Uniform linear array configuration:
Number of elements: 64
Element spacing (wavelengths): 0.75
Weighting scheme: hann
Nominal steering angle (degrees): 60
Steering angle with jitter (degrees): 61.01
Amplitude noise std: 0.05
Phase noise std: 0.05

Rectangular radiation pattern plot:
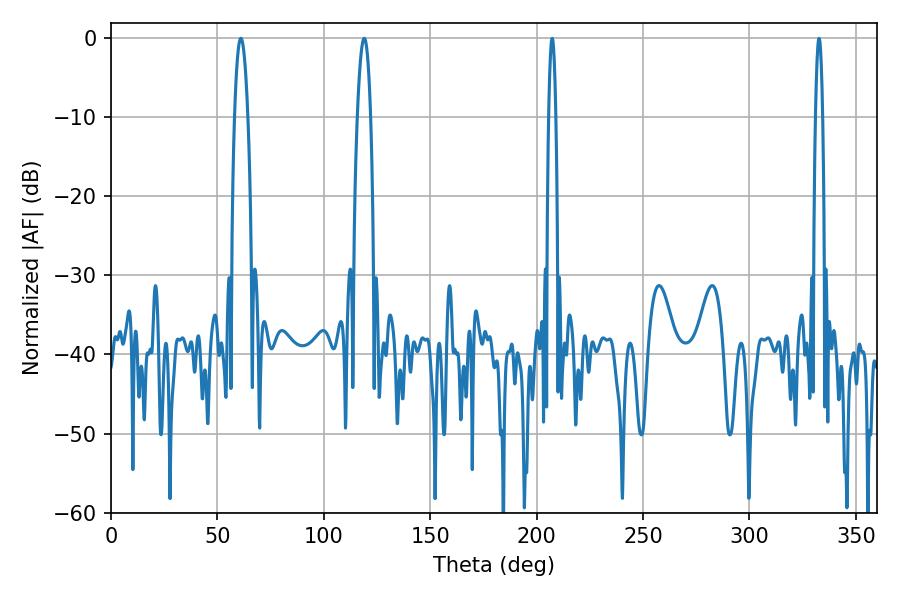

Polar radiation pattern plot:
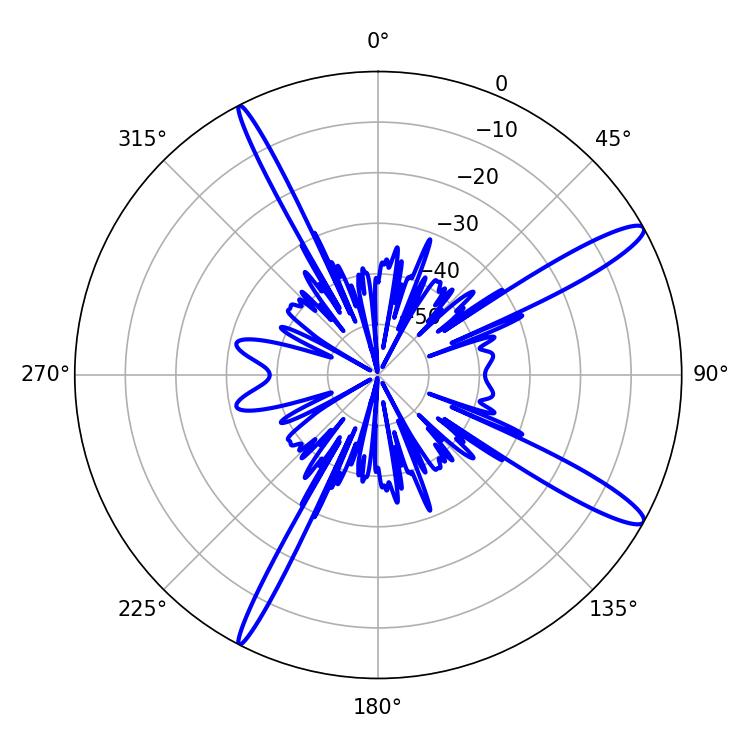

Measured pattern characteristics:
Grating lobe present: TRUE
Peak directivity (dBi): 13.876
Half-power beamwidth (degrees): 3.42
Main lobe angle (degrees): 61.02